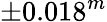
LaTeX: \pm 0.018^{m}